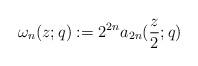
LaTeX: \begin{align*}\omega_n(z;q):= 2^{2n} a_{2n}(\frac{z}{2};q)\end{align*}